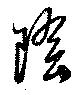
陰